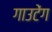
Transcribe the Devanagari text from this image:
गाउटेंग